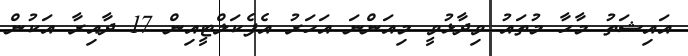
އައިޝަތު މާހާ މުތައު ވިދާޅުވީ މިއަންނަ އަހަރު އެފެކަލްޓީއިން 17 ދާއިރާ އަކުން